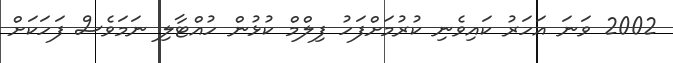
2002 ވަނަ އަހަރު ކައިވެނި ކުރުމަށްފަހު ފިލްމް ކުޅުން ހުއްޓާލި ނަމަވެސް ފަހަކަށް